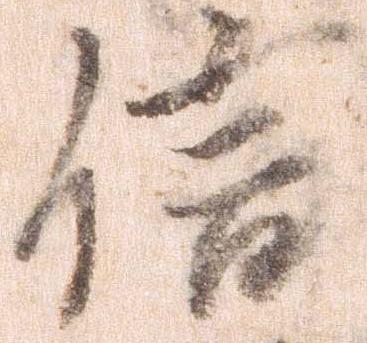
信